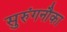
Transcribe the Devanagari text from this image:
सुरुंगनौका